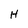
Character: H